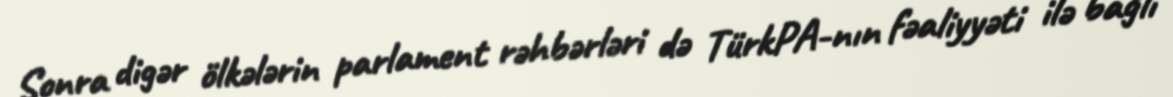
Sonra digər ölkələrin parlament rəhbərləri də TürkPA-nın fəaliyyəti ilə bağlı